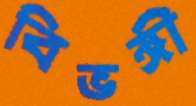
বিভঙ্গী